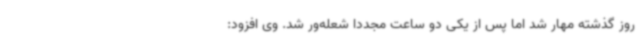
روز گذشته مهار شد اما پس از یکی دو ساعت مجددا شعله‌ور شد. وی افزود: